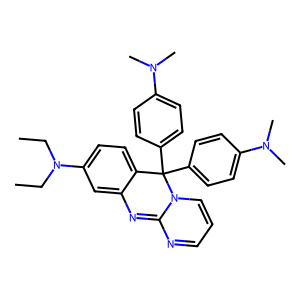
SMILES: CCN(CC)c1ccc2c(c1)N=C1N=CC=CN1C2(c1ccc(N(C)C)cc1)c1ccc(N(C)C)cc1
Inhibits HIV replication: No